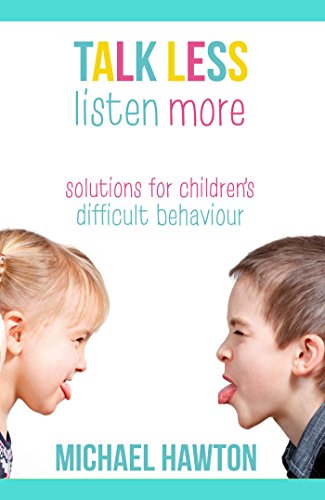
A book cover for Talk Less, Listen More: Solutions for Children's Difficult Behaviour; Michael Hawton; Parenting & Relationships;